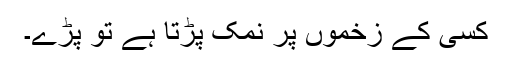
کسی کے زخموں پر نمک پڑتا ہے تو پڑے۔